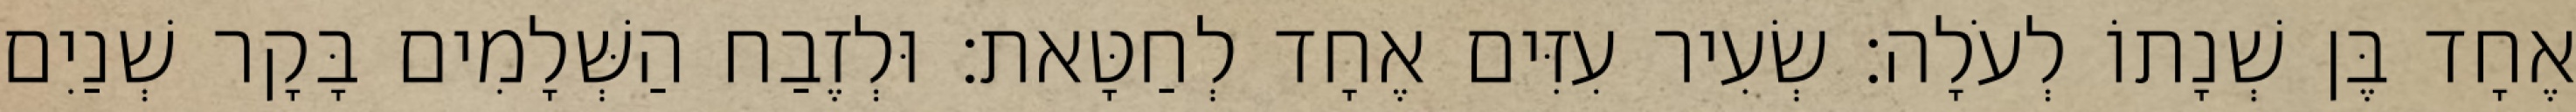
אֶחָד בֶּן שְׁנָתוֹ לְעֹלָה׃ שְׂעִיר עִזִּים אֶחָד לְחַטָּאת׃ וּלְזֶבַח הַשְּׁלָמִים בָּקָר שְׁנַיִם